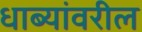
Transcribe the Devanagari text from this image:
धाब्यांवरील